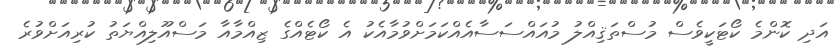
އަދި ކޮންމެ ކޯޓަކީވެސް މުސްތަޤިއްލު މުއައްސަސާއެއްކަމަށްވުމާއެކު އެ ކޯޓެއްގެ ޒިއްމާއާ މަސްއޫލިއްޔަތު ކުރިއަށްވުރެ